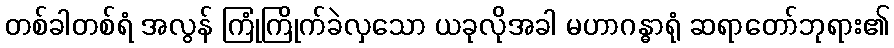
တစ်ခါတစ်ရံ အလွန် ကြုံကြိုက်ခဲလှသော ယခုလိုအခါ မဟာဂန္ဓာရုံ ဆရာတော်ဘုရား၏